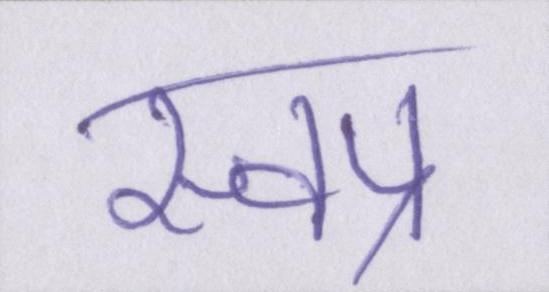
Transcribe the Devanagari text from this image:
स्वप्न